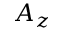
A _ { z }